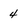
Character: 4